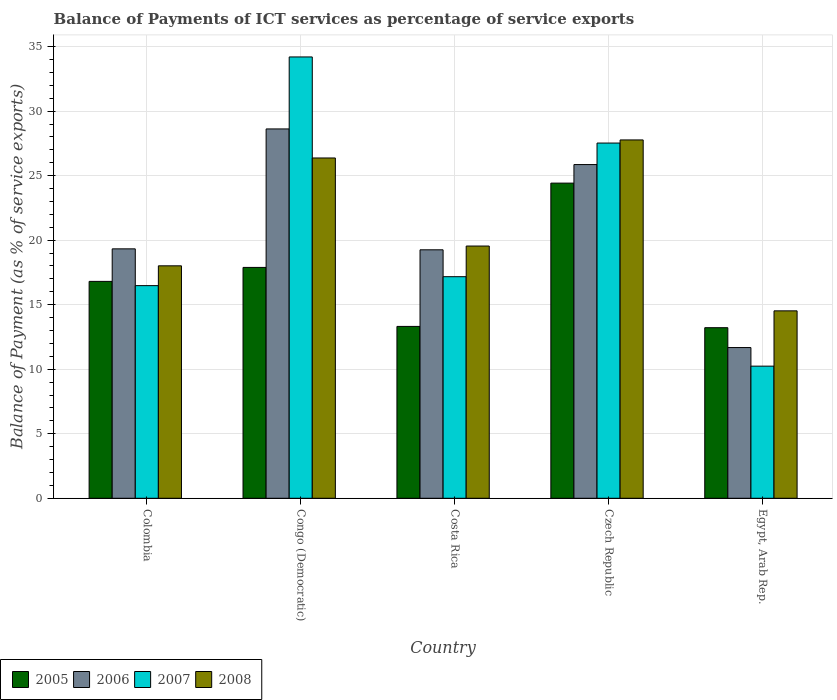
| Country | 2005 | 2006 | 2007 | 2008 |
 | --- | --- | --- | --- | --- |
 | Colombia | 16.8 | 19.3 | 16.5 | 18 |
 | Congo (Democratic) | 17.9 | 28.6 | 34.2 | 26.4 |
 | Costa Rica | 13.3 | 19.3 | 17.2 | 19.5 |
 | Czech Republic | 24.4 | 25.9 | 27.5 | 27.8 |
 | Egypt, Arab Rep. | 13.2 | 11.7 | 10.2 | 14.5 |